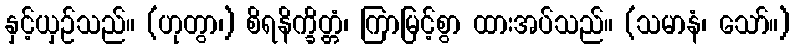
နှင့်ယှဉ်သည်။ (ဟုတွာ၊) စိရနိက္ခိတ္တံ၊ ကြာမြင့်စွာ ထားအပ်သည်။ (သမာနံ၊ သော်။)